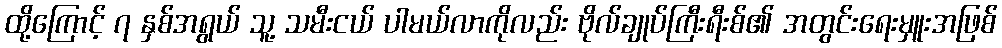
ထို့ကြောင့် ၇ နှစ်အရွယ် သူ့ သမီးငယ် ပါမယ်လာကိုလည်း ဗိုလ်ချုပ်ကြီးရီးစ်၏ အတွင်းရေးမှူးအဖြစ်